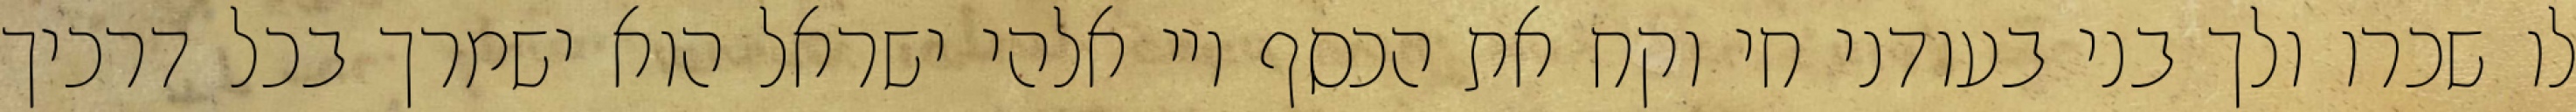
לו שכרו ולך בני בעודני חי וקח את הכסף ויי אלהי ישראל הוא ישמרך בכל דרכיך